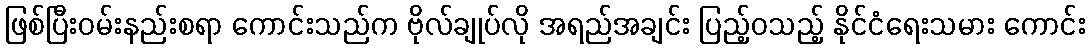
ဖြစ်ပြီးဝမ်းနည်းစရာ ကောင်းသည်က ဗိုလ်ချုပ်လို အရည်အချင်း ပြည့်ဝသည့် နိုင်ငံရေးသမား ကောင်း